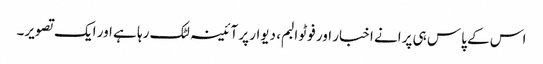
اس کے پاس ہی پرانے اخبار اور فوٹو البم، دیوار پر آئینہ لٹک رہا ہے اور ایک تصویر۔